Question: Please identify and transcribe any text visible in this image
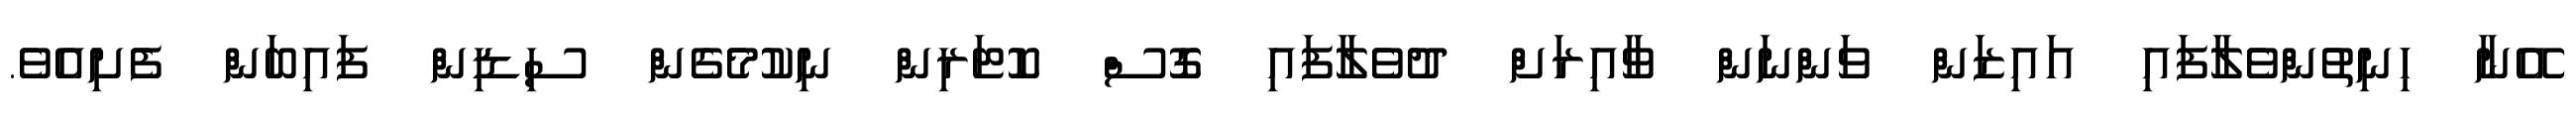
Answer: އޭނާ ހިނިތުންވެލާފައި އައިޒަން ވަންނަން ވާއިރަށް ދުވެލާފައި ގޮސް ކޮޓަރިން ނިކުމެގެން ސިޑިން ފައިބަން ފެށިއެވެ.